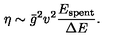
\eta \sim \bar { g } ^ { 2 } v ^ { 2 } \frac { E _ { \mathrm { s p e n t } } } { \Delta E } .